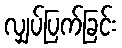
လျှပ်ပြက်ခြင်း